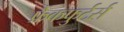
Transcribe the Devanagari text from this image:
फ्रैंकफुर्टर्स